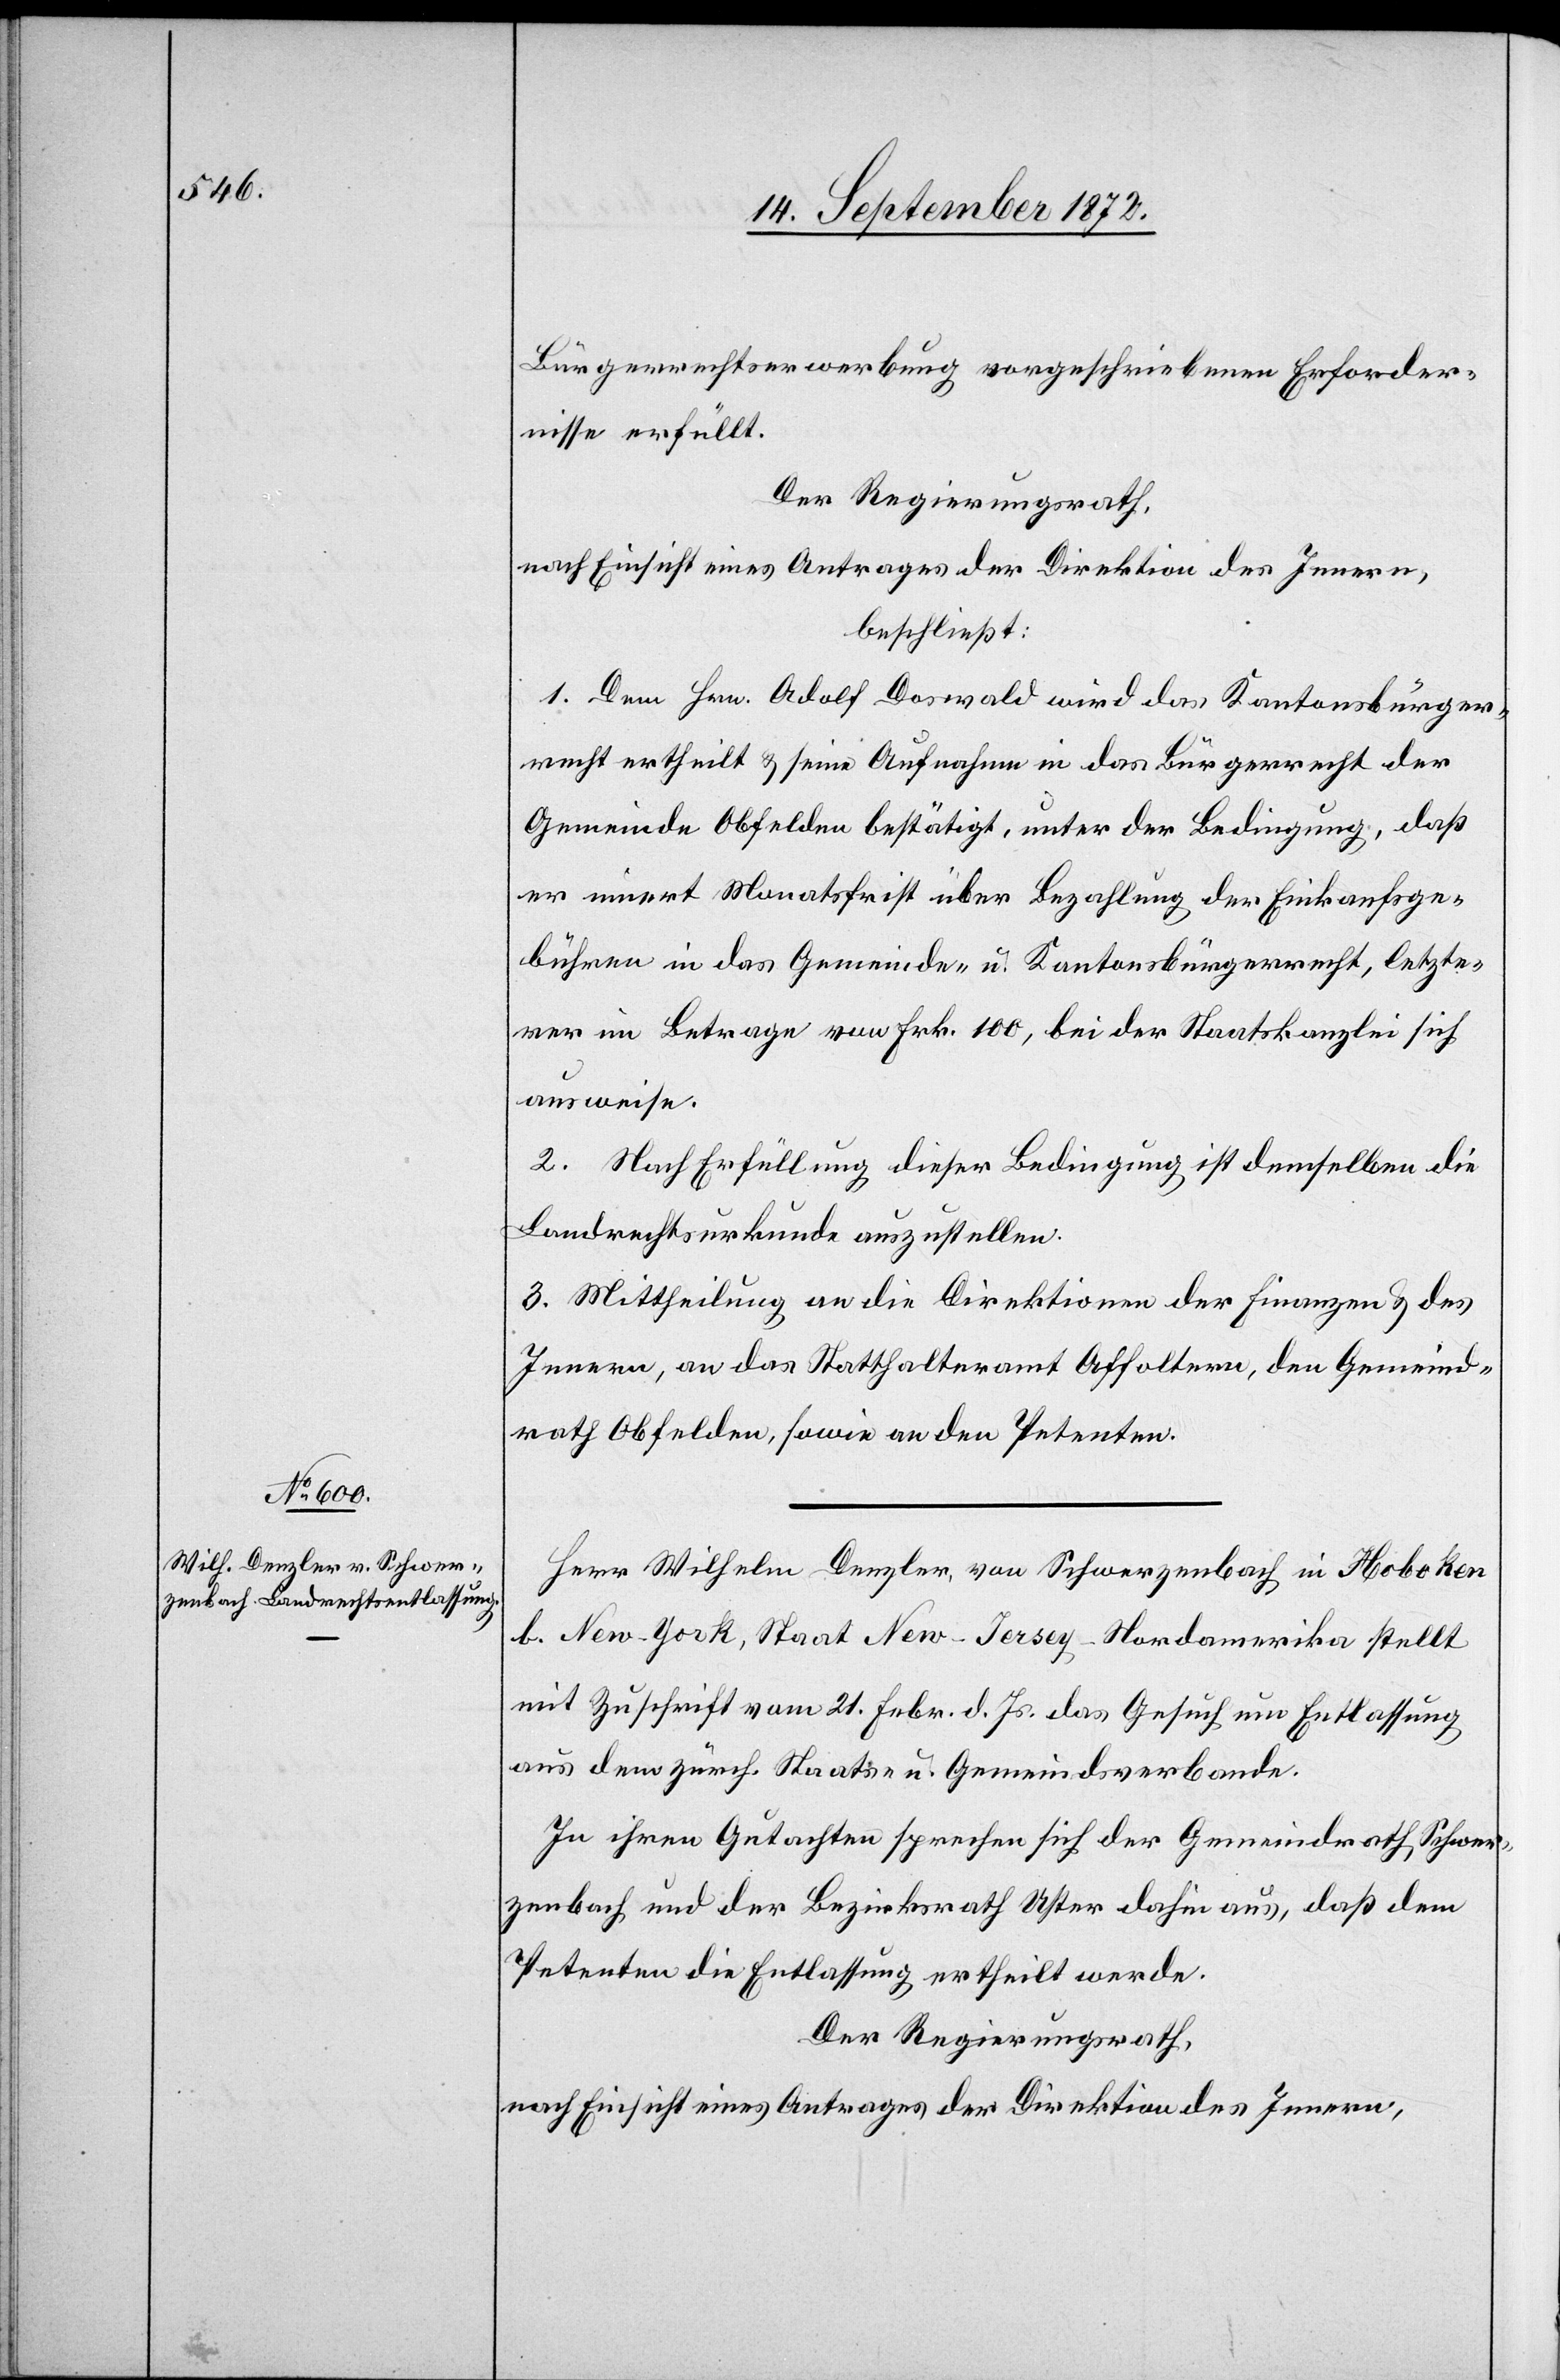
Bürgerrechtserwerbung vorgeschriebenen Erforder¬
nisse erfüllt.
Der Regierungsrath,
nach Einsicht eines Antrages der Direktion des Innern,
beschließt:
1. Dem Hrn. Adolf Doswald wird das Kantonsbürger¬
recht ertheilt u. seine Aufnahme in das Bürgerrecht der
Gemeinde Obfelden bestätigt, unter der Bedingung, daß
er innert Monatsfrist über Bezahlung der Einkaufsge¬
bühren in das Gemeinde- u. Kantonsbürgerrecht, letzte¬
rer im Betrage von Frk. 100, bei der Staatskanzlei sich
ausweise.
2. Nach Erfüllung dieser Bedingung ist demselben die
Landrechtsurkunde auszustellen.
3. Mittheilung an die Direktion der Finanzen u. des
Innern, an das Statthalteramt Affoltern, den Gemeind¬
rath Obfelden, sowie an den Petenten.
Herr Wilhelm Denzler, von Schwerzenbach in Hoboken
b. New-York, Staat New-Jersey-Nordamerika stellt
mit Zuschrift vom 21. Febr. d. Js. das Gesuch um Entlassung
aus dem zürch. Staats- u. Gemeindsverbande.
In ihren Gutachten sprechen sich der Gemeindrath Schwer¬
zenbach und der Bezirksrath Uster dahin aus, daß dem
Petenten die Entlassung ertheilt werde.
Der Regierungsrath
nach Einsicht eines Antrages der Direktion des Innern,